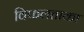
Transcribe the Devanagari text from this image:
विफलताका